Problem: 2 × 5 = ?
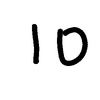
Handwritten answer: 10